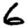
Digit: 6